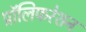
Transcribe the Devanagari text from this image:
प्रॉलिफरेशन